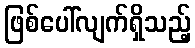
ဖြစ်ပေါ်လျက်ရှိသည့်